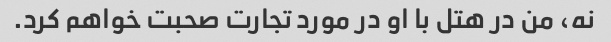
نه، من در هتل با او در مورد تجارت صحبت خواهم کرد.